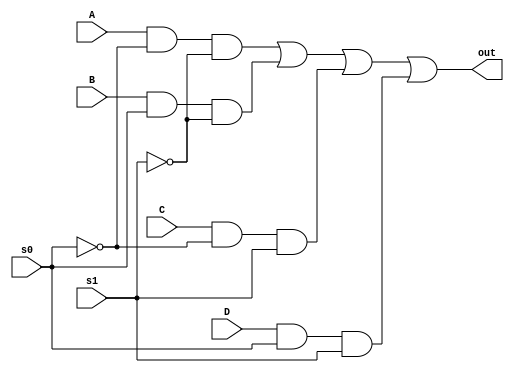
`timescale 1ns / 1ps
//////////////////////////////////////////////////////////////////////////////////
// Company: 
// Engineer: 
// 
// Design Name: 
// Module Name: mux
// Project Name: 
// Target Devices: 
// Tool Versions: 
// Description: 
// 
// Dependencies: 
// 
// Revision:
// Revision 0.01 - File Created
// Additional Comments:
// 
//////////////////////////////////////////////////////////////////////////////////


module mux(
    A, B, C, D, s0, s1, out
    );
    
input A, B, C, D, s0, s1;
output out;

not (b0, s0);
not (b1, s1);
and (x0, A, b0, b1);
and (x1, B, s0, b1);
and (x2, C, b0, s1);
and (x3, D, s0, s1);

or (out, x0, x1, x2, x3);

endmodule